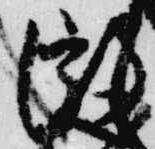
微